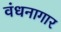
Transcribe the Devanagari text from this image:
वंधनागार